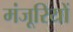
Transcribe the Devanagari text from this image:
मंजूरियों